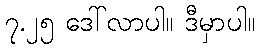
၇.၂၅ ဒေါ်လာပါ။ ဒီမှာပါ။